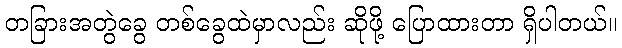
တခြားအတွဲခွေ တစ်ခွေထဲမှာလည်း ဆိုဖို့ ပြောထားတာ ရှိပါတယ်။